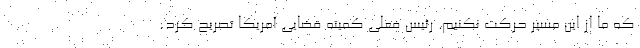
که ما از این مسیر حرکت نکنیم. رئیس فعلی کمیته قضایی آمریکا تصریح کرد: